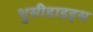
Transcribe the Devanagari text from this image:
थुसीडाइड्स